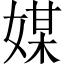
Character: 媒